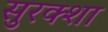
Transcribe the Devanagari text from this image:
सुरक्शा